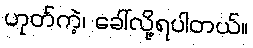
ဟုတ်ကဲ့၊ ခေါ်လို့ရပါတယ်။